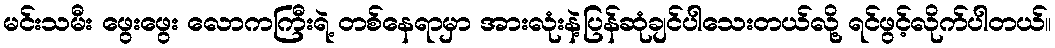
မင်းသမီး ဖွေးဖွေး လောကကြီးရဲ့ တစ်နေရာမှာ အားလုံးနဲ့ပြန်ဆုံချင်ပါသေးတယ်လို့ ရင်ဖွင့်လိုက်ပါတယ်။